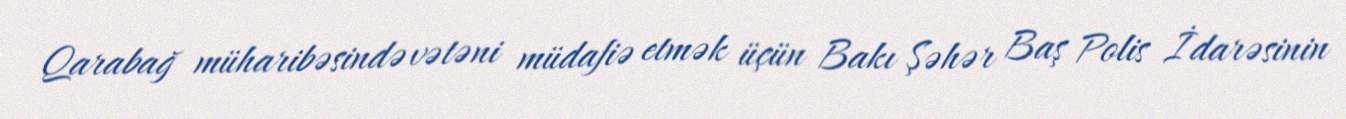
Qarabağ müharibəsində vətəni müdafiə etmək üçün Bakı Şəhər Baş Polis İdarəsinin